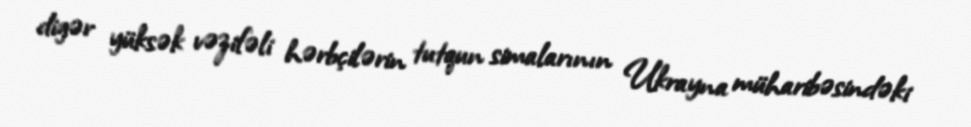
digər yüksək vəzifəli hərbçilərin tutqun simalarının Ukrayna müharibəsindəki